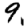
Digit: 9